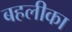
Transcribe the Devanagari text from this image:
बहलीका